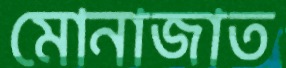
মোনাজাত